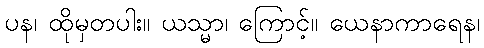
ပန၊ ထိုမှတပါး။ ယသ္မာ၊ ကြောင့်။ ယေနာကာရေန၊